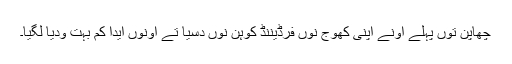
چھاپن توں پہلے اونے اپنی کھوج نوں فرڈیننڈ کوہن نوں دسیا تے اونوں ایدا کم بہت ودیا لگیا۔